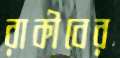
রাকীবের